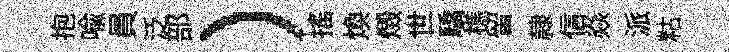
抱喻員泛部）摇煥燬世驕樵留隷信焱派䊀